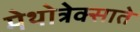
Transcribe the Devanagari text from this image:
मेथोत्रेक्साते